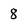
Character: 8